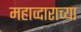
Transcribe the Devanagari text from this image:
महाव्दाराच्या